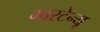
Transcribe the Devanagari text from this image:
मारटेन्यू